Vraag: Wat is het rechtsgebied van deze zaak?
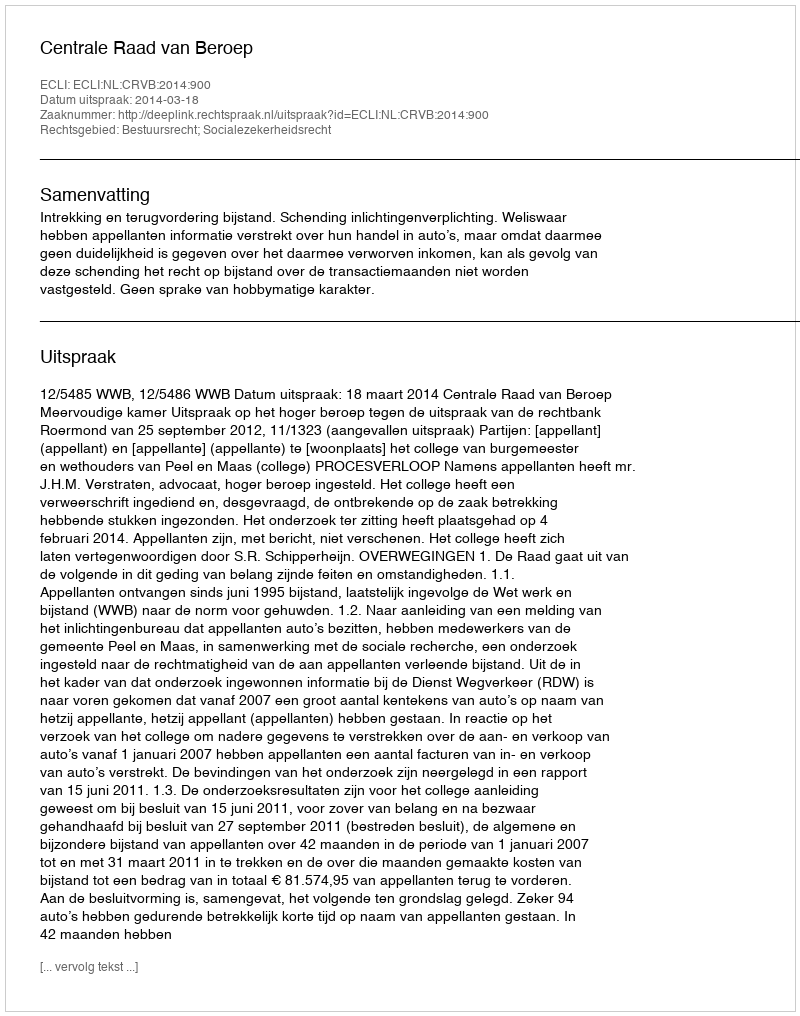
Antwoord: Bestuursrecht; Socialezekerheidsrecht